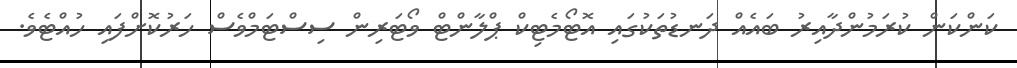
ކަންކަން ކުރަމުންދާއިރު ބައެއް ދަނޑުތަކުގައި އޮޓޯމެޓިކް ޕްލާންޓް ވޯޓަރިން ސިސްޓަމްވެސް ހަރުކޮށްފައި ހުއްޓެވެ.